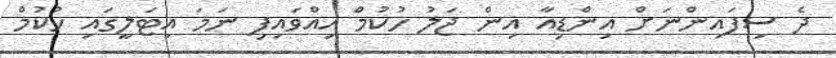
ދެ ސިފައިންނަށް އިންޑިއާ އިން ޖަލު ހުކުމް އިއްވައިފި ނަމަ އިޓަލީގައި ހުކުމް